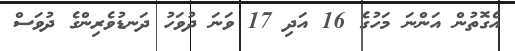
އެގޮތުން އަންނަ މަހުގެ 16 އަދި 17 ވަނަ ދުވަހު ދަނޑުވެރިންގެ ދުުވަސް